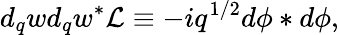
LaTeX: d_{q}wd_{q}w^{\ast}{\cal L}\equiv-iq^{1/2}d\phi\ast d\phi,